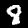
Digit: 8